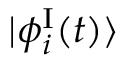
\vert \phi _ { i } ^ { \mathrm { I } } ( t ) \rangle